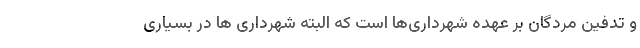
و تدفین مردگان بر عهده شهرداری‌ها است که البته شهرداری ها در بسیاری